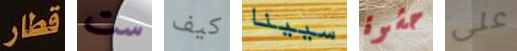
قطار ست كيف سيينا حشوة على